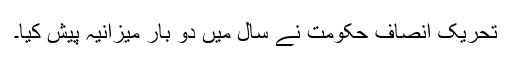
تحریکِ انصاف حکومت نے سال میں دو بار میزانیہ پیش کیا۔